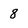
Character: 8